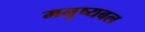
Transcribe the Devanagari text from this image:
मनुष्यबल